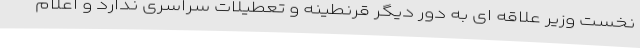
نخست وزیر علاقه ای به دور دیگر قرنطینه و تعطیلات سراسری ندارد و اعلام